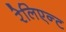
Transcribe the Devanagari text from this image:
रेलिएन्ट